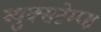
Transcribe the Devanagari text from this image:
व्युक्सटेम्प्स